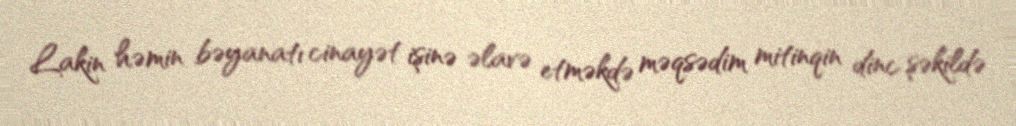
Lakin həmin bəyanatı cinayət işinə əlavə etməkdə məqsədim mitinqin dinc şəkildə